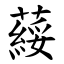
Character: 䕑